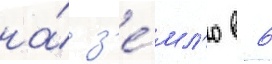
на́ з'е́мл'ю в 6